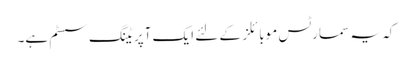
کہ یہ سمارٹس موبائلز کے لئے ایک آپریٹنگ سسٹم ہے۔